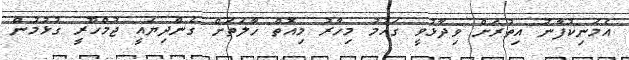
އެމަނިކުފާނު އިތުރަށް ވިދާޅުވީ ގައުމު މިހާރު މިއޮތް ހާލަތަށް ގެންދިޔައީ ޖުމްހޫރީ ގުޅުމުން